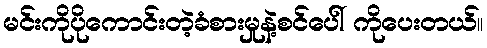
မင်းကိုပိုကောင်းတဲ့ခံစားမှုနဲ့စင်ပေါ် ကိုပေးတယ်။